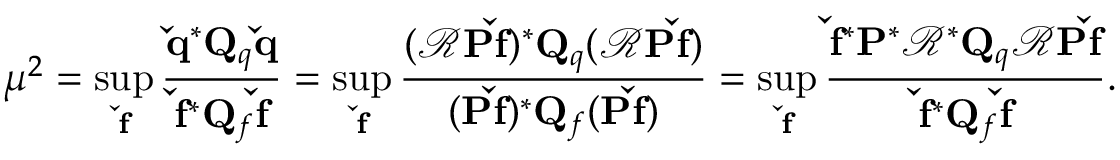
\mu ^ { 2 } = \operatorname* { s u p } _ { \mathbf { \check { f } } } \frac { \mathbf { \check { q } } ^ { * } { \mathbf { Q } _ { q } } \mathbf { \check { q } } } { \mathbf { \check { f } } ^ { * } \mathbf { Q } _ { f } \mathbf { \check { f } } } = \operatorname* { s u p } _ { \mathbf { \check { f } } } \frac { ( \mathbf { \mathcal { R } P \check { f } } ) ^ { * } { \mathbf { Q } _ { q } } ( \mathbf { \mathcal { R } P \check { f } } ) } { ( \mathbf { P \check { f } } ) ^ { * } \mathbf { Q } _ { f } ( \mathbf { P \check { f } } ) } = \operatorname* { s u p } _ { \mathbf { \check { f } } } \frac { \mathbf { \check { f } } ^ { * } \mathbf { P } ^ { * } \mathbf { \mathcal { R } } ^ { * } { \mathbf { Q } _ { q } } \mathbf { \mathcal { R } P \check { f } } } { \mathbf { \check { f } } ^ { * } { \mathbf { Q } _ { f } } \mathbf { \check { f } } } .